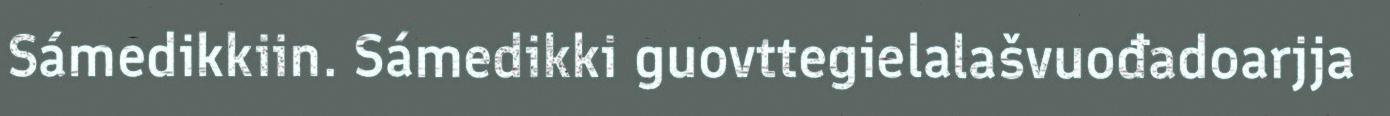
Sámedikkiin. Sámedikki guovttegielalašvuođadoarjja